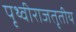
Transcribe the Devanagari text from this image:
पृथ्वीराजतृतीय